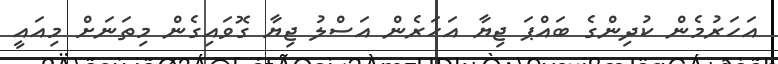
އަހަރުމެން ކުދިންގެ ބައްޕަ ޖިޔާ އަހަރެން އަސްލު ޖިޔާ ގޮވައިގެން މިތަނަށް މިއައީ